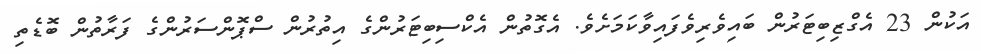
އަކުން 23 އެގްޒިބިޓަރުން ބައިވެރިވެފައިވާކަމަށެވެ. އެގޮތުން އެކްސިބިޓަރުންގެ އިތުރުން ސްޕޮންސަރުންގެ ފަރާތުން ބޮޑެތި